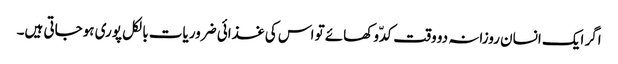
اگر ایک انسان روزانہ دو وقت کدّو کھائے تو اس کی غذائی ضروریات بالکل پوری ہوجاتی ہیں۔